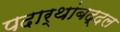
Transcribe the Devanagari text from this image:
पदार्थांबद्दल